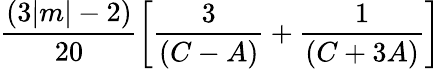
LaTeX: \frac{(3|m|-2)}{20}\left[\frac{3}{(C-A)}+\frac{1}{(C+3A)}\right]